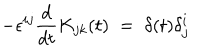
- \epsilon ^ { i j } \frac { d } { d t } K _ { j k } ( t ) \; = \; \delta ( t ) \delta _ { j } ^ { i }